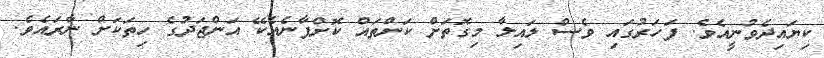
ކިޔައިދެވުނީއެވެ. ފަހަރުގައި ވެސް ލައިލާ މިގޮތަށް ކަންތައް ކޮށްފާނެއެކޭ އަންޖަދުގެ ހިތަކަށް ނާރައެވެ.